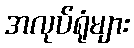
အလုပ်ရုံများ